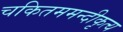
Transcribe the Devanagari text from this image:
चकितममन्दीकृत्य